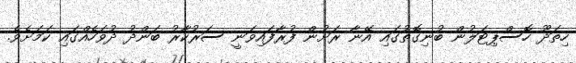
ހިތަދޫ ހޮސްޕިޓަލުން ބުނިގޮތުގައި އޭނާ ރަށުން ފުރާފައިވަނީ ސަރުކާރު ބަންދު ދުވަހެއްގައި ކަމަށެވެ.